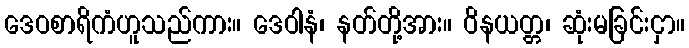
ဒေဝစာရိကံဟူသည်ကား။ ဒေဝါနံ၊ နတ်တို့အား။ ဝိနယတ္တ၊ ဆုံးမခြင်းငှာ။